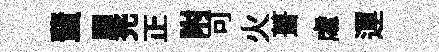
蜚驛兠正附可火葺䖏運